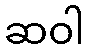
ဆဝါ